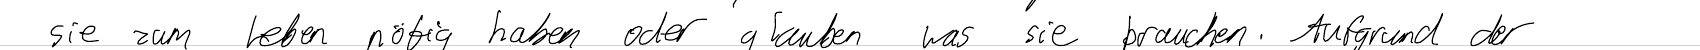
sie zum Leben nötig haben oder glauben was sie brauchen. Aufgrund der